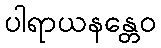
ပါရာယနန္တေဝ